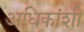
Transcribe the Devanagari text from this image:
अधिकांशी